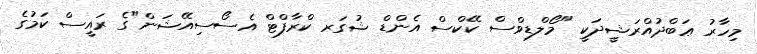
މިހާރު ޢަބްދުއްރަޝީދަކީ "މޯލްޑިވްސް ކޭކްސް އެންޑް ޝުގަރ ކްރާފްޓް އެސޯސިއޭޝަން"ގެ ރައީސް ކަމުގެ